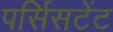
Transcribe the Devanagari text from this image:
पर्सिसटेंट